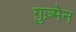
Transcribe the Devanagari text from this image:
ग़ुज़्मेन